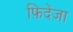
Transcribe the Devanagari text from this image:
फ़िदेंज़ा